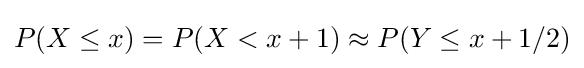
P(X\leq x)=P(X<x+1)\approx P(Y\leq x+1/2)